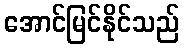
အောင်မြင်နိုင်သည်